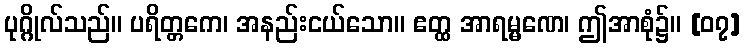
ပုဂ္ဂိုလ်သည်။ ပရိတ္တကေ၊ အနည်းငယ်သော။ ဧတ္ထ အာရမ္မဏေ၊ ဤအာစုံ၌။ [၀၇]